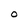
Character: O